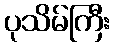
ပုသိမ်ကြီး